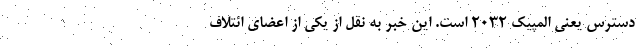
دسترس یعنی المپیک ۲۰۳۲ است. این خبر به نقل از یکی از اعضای ائتلاف